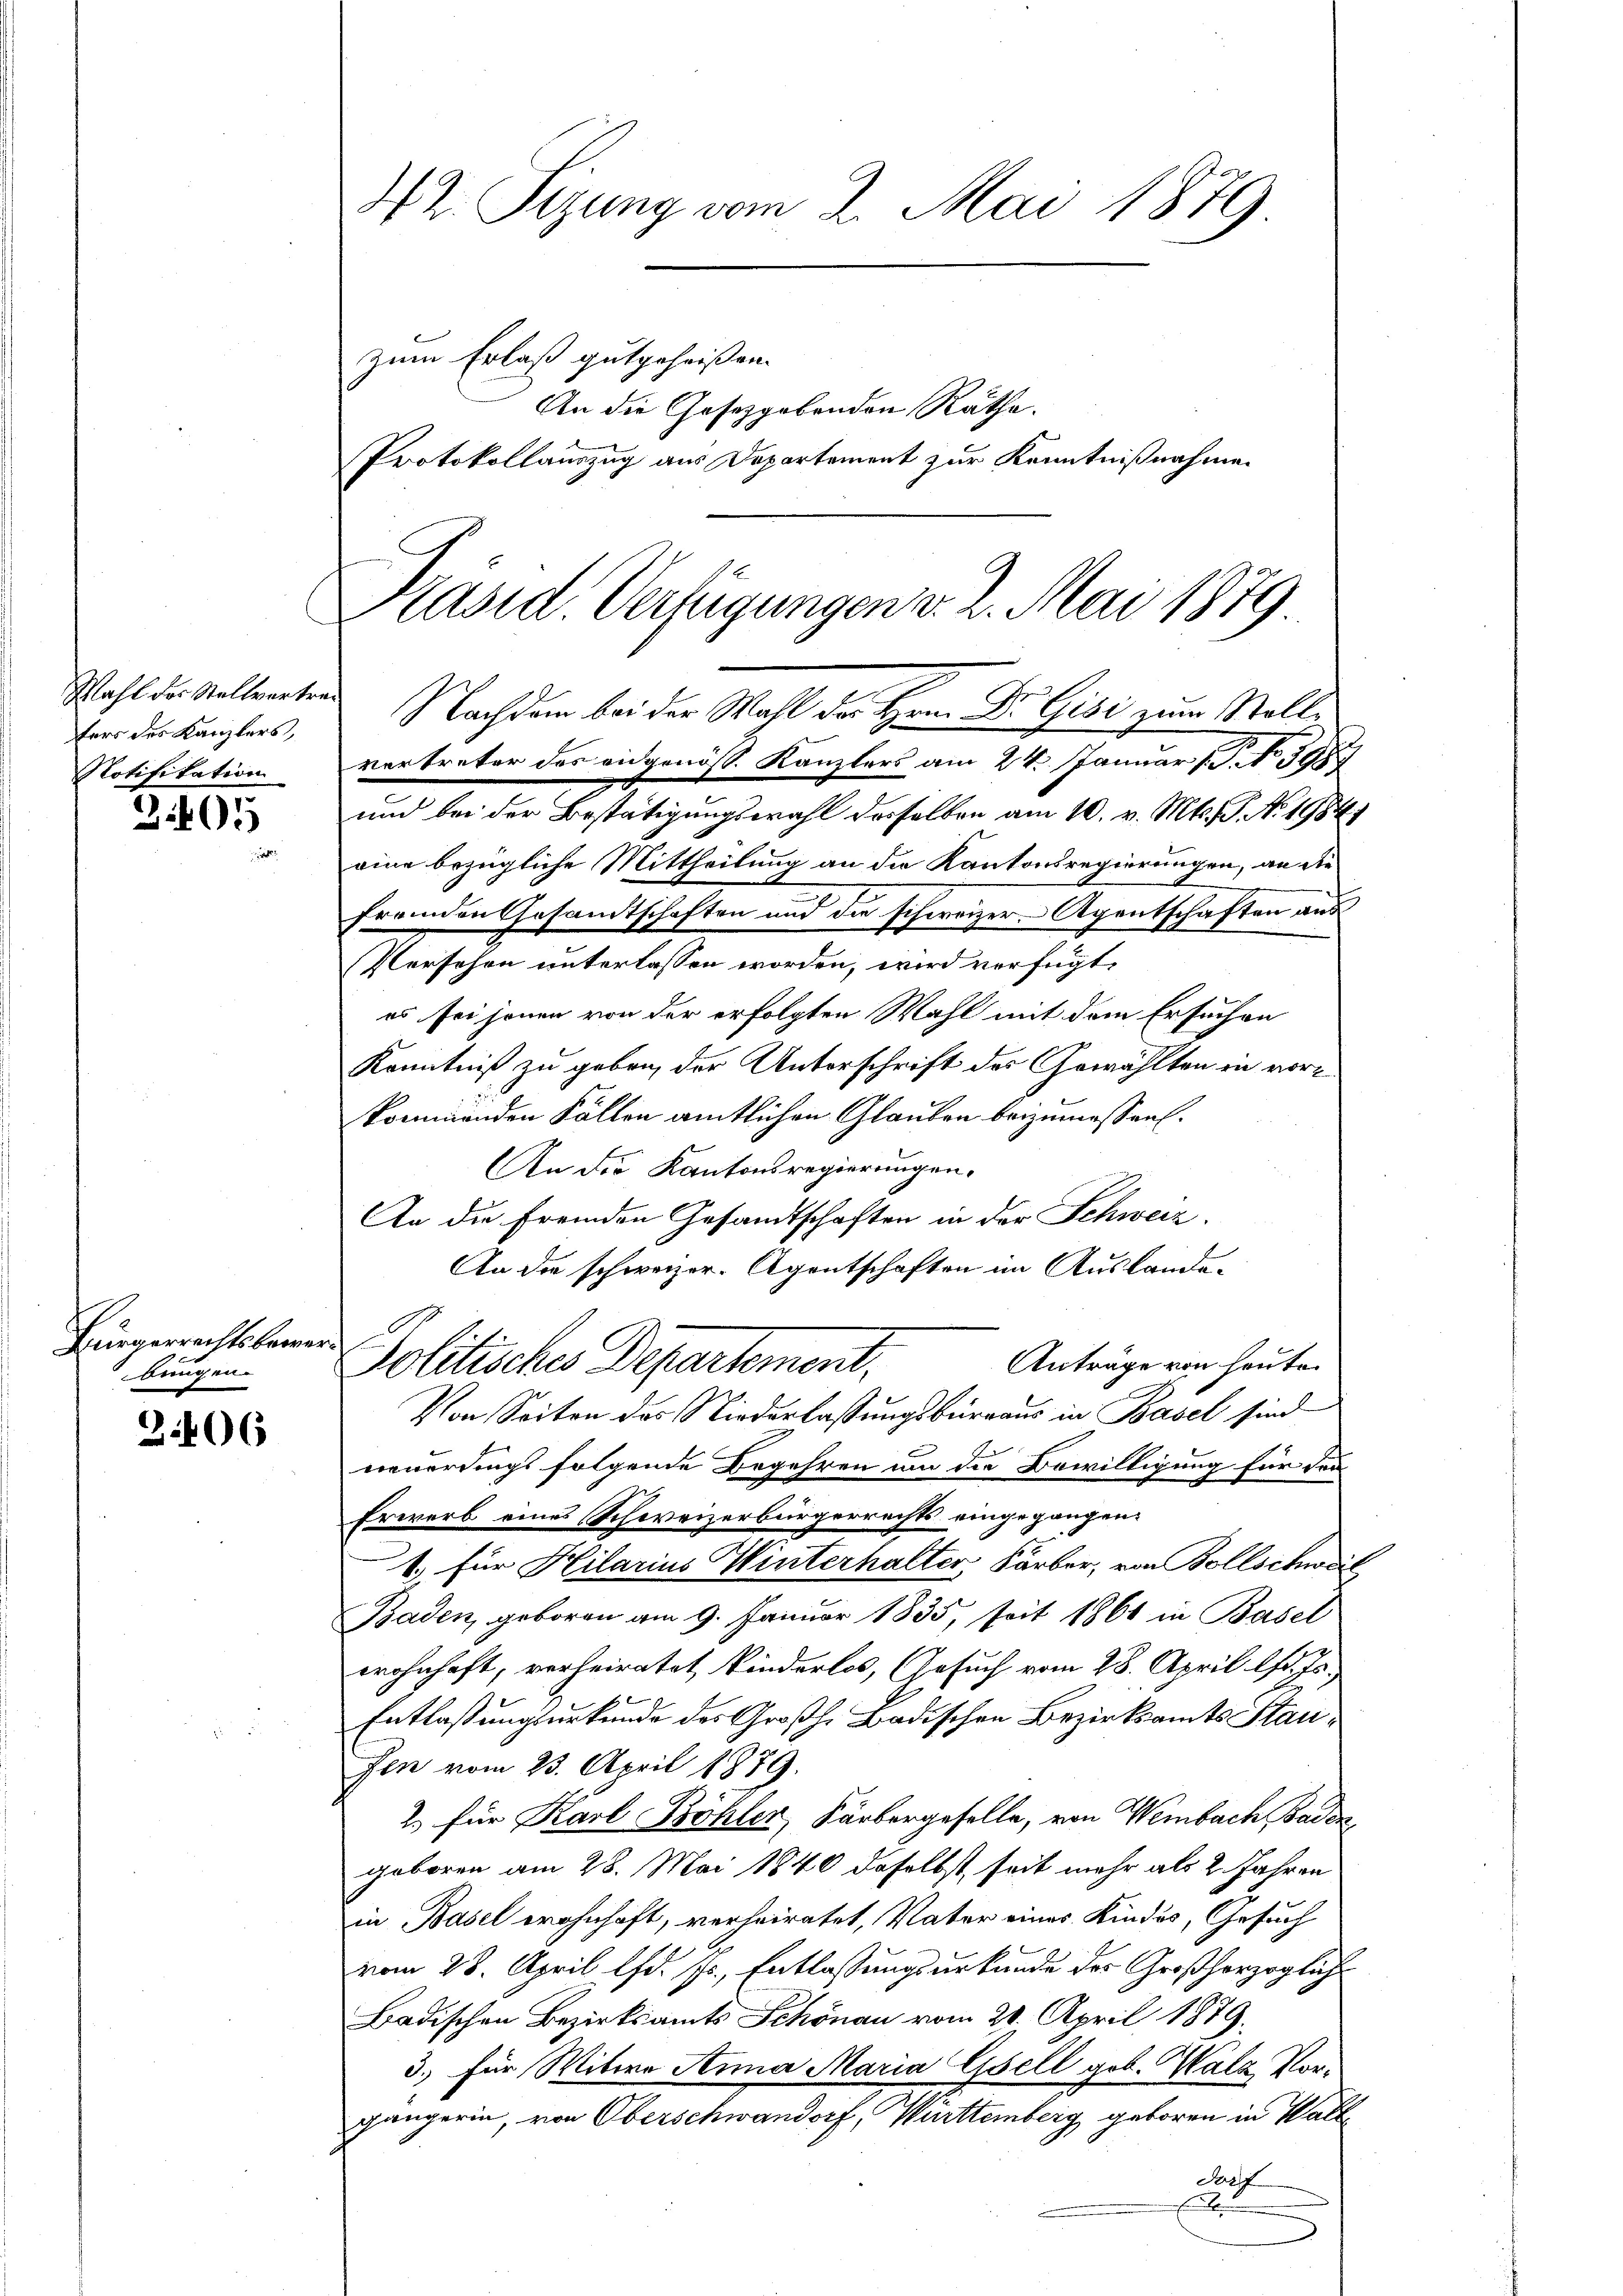
Wahl des Stellvertrag
fers des Kanzlers,
Notifikation

3.405

Bürgerrechtsbere
bungen.

206

42. Sizung vom 2. Mai 1879
zum Erlaß gutgeheißen.
An die Gesetzgebenden Räthe.
Protokollauszug aus Departement zur Kenntnißnahme

Präsid Verfügungen v. 2. Mai 1879
Nachdem bei der Wahl der Hrn. Dr. Gisi zum Stellvertreter des eidgenöss. Kanzlers am 24. Januar 1. No 395

und bei der Bestätigungswahl desselben am 10. v. Mts. S. No. 1984.
eine bezügliche Mittheilung an die Kantonsregierungen, an die
fremden Gesamtschaften und die schweizer-Agentschaften aus
Versehen unterlassen worden, wird verfügt,
es sei jenen von der erfolgten Wahl mit dem Ersuchen
Kenntniß zu geben, der Unterschrift des Gewählten in vorkommenden Fällen amtlichen Glauben beizumessen.
An die Kantonsregierungen.
An die fremden Gesandtschaften in der Schweiz.
An die schweizer-Agentschaften im Auslande-
r
Anträge von heute.
Von Seiten des Niederlassungsbüreaus in Basel sind
neuerdings folgende Begehren um die Bewilligung für den
Erwerb eines Schweizerbürgerrechts eingegangen.
1.) für Hilarius Winterhalter, Färber, von Bollschweil
Baden, geboren am 9. Januar 1835, seit 1861 in Basel
wohnhaft, verheiratet, kinderlos, (Gesuch vom 28. April lfd. Js.
Entlassungsurkunde des Großh. Badischen Bezirksamts Staufen vom 23. April 1879.
2. für Karl Böhler, Färbergeselle, von Weimbach Baden
geboren am 28. Mai 1840 daselbst, seit mehr als 2. Jahren
in Basel wohnhaft, verheiratet, Vater eines Kindes, Gesuch
vom 28. April lfd. Js., Entlassungsurkunde des Großherzoglich
Badischen Bezirksamts Schönau vom 20. April 1879.
3.) Für Witwe Anna Maria Esell geb. Walz Vorgängerin, von Oberschwandorf, Württemberg geboren in Wall
darf
A

Politisches Departement.